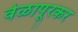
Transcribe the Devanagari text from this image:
वेळापूरकर